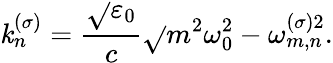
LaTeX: \mathit{k}_{n}^{(\sigma)}=\frac{{\sqrt{}{{\varepsilon_{0}}}}}{{c}}\sqrt{}{{m^{2}\omega_{0}^{2}-\omega_{m,n}^{(\sigma)2}}}.